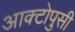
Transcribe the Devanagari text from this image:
आक्टोपुसी